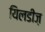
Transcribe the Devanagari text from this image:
यिलडीज़